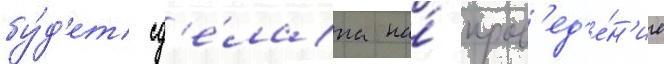
бу́д'ет сд'е́лана на́ пров'ед'е́н'ие